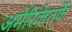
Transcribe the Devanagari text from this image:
अमेरिकेतर्फे